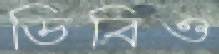
ডিবিও